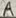
Text: A